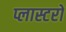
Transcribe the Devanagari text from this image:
प्लास्टरों